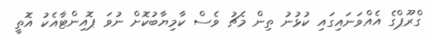
ގްރޫޕްގެ އެއްވަނައިގައި ކުޅުނު ތިން މެޗު ވެސް ކާމިޔާބުކޮށް ނުވަ ޕޮއިންޓާއެކު އޮތީ